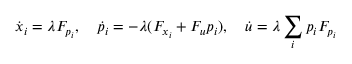
{ \dot { x } } _ { i } = \lambda F _ { p _ { i } } , \quad { \dot { p } } _ { i } = - \lambda ( F _ { x _ { i } } + F _ { u } p _ { i } ) , \quad { \dot { u } } = \lambda \sum _ { i } p _ { i } F _ { p _ { i } }